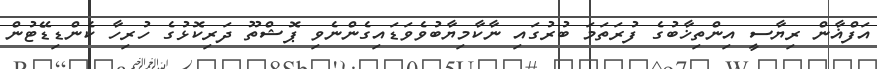
އަފްޣާން ރިޔާސީ އިންތިޚާބުގެ ފުރަތަމަ ބުރުގައި ނާކާމިޔާބުވެވަޑައިގެންނެވި ޕޮޝްތޫ ދަރިކޮޅުގެ ހުރިހާ ކެންޑިޑޭޓުން